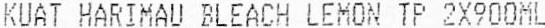
KUAT HARIMAU BLEACH LEMON TP 2X900ML